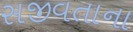
સજીવતાના